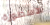
الاسطورة